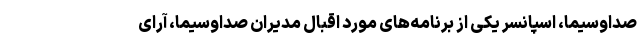
صداوسیما، اسپانسر یکی از برنامه‌های مورد اقبال مدیران صداوسیما، آرای